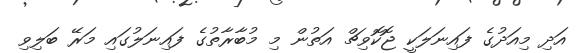
އަދި މިއަދުގެ ފައިނަލަކީ ޖޮކޮވިޗް އަތުން މި މުބާރާތުގެ ފައިނަލުގައި މަރޭ ބަލިވި